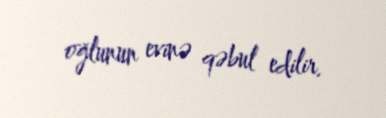
oğlunun evinə qəbul edilir.